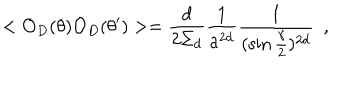
< { \cal O } _ { D } ( \theta ) { \cal O } _ { D } ( \theta ^ { \prime } ) > = { \frac { d } { 2 \Sigma _ { d } } } { \frac { 1 } { a ^ { 2 d } } } { \frac { 1 } { ( \sin { \frac { \gamma } { 2 } } ) ^ { 2 d } } } ~ ~ ,